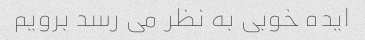
ایده خوبی به نظر می رسد برویم